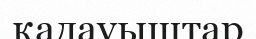
қадауыштар